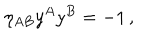
\eta _ { A B } ^ { } y ^ { A } y ^ { B } = - 1 \, ,